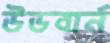
উডবার্ন